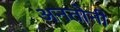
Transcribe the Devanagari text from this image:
अनतोनी